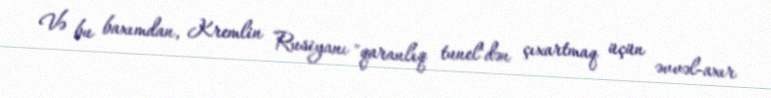
Və bu baxımdan, Kremlin Rusiyanı "qaranlıq tunel"dən çıxartmaq üçün əvvəl-axır